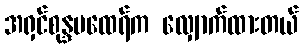
အရှင်စုန္ဒမထေရ်က လျှောက်ထားတယ်